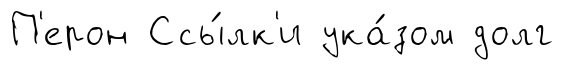
П'ерон Ссы́лк'и ука́зом долг